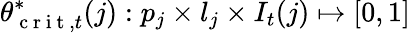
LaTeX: \theta_{\mathrm{~c~r~i~t~},t}^{*}(j):p_{j}\times l_{j}\times I_{t}(j)\mapsto[0,1]